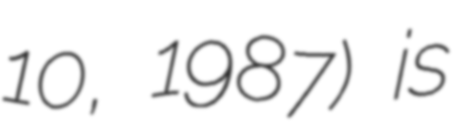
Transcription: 10, 1987) is